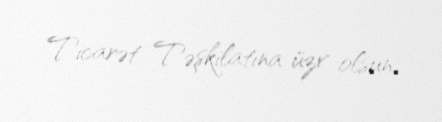
Ticarət Təşkilatına üzv olsun.